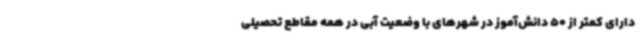
دارای کمتر از 50 دانش‌آموز در شهرهای با وضعیت آبی در همه مقاطع تحصیلی